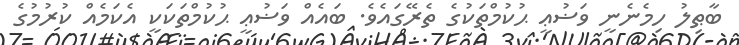
ބާޠިލު ހިމެނެނީ ވަޟުޢީ ޙުކުމްތަކުގެ ތެރޭގައެވެ. ބައެއް ވަޟުޢީ ޙުކުމްތަކަކީ އެކަމެއް ކުރުމުގެ